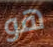
هو